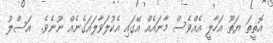
އޮތީތަ ޔަތޫ އަހާލީ އެއްވެސް މާނައެއް އޭގައި އެކުލަވާލައަގެނެއް ނޫނެވެ.  އަސްލު